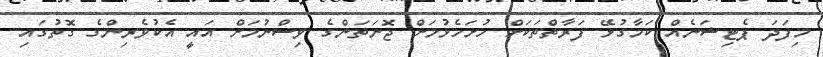
މިފަދަ ޕެޓިޝަނެއް ކަމާގުޅޭ ފަރާތްތަކަށް ހުށަހެޅުމަށް ޖޮނަތަންގެ ވިސްނުމަށް އައީ އެކުވެރިންގެ ގޮތުގައި